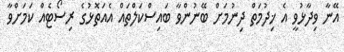
އޭނާ ވިދާޅުވީ އެ ޚިދުމަތް ދިނުމަށް ބޭނުންވާ ބައިސްކަލްތައް އެއަތޮޅުގެ ރިސޯޓެއް ކަމަށްވާ